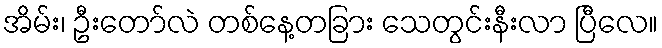
အိမ်း၊ ဦးတော်လဲ တစ်နေ့တခြား သေတွင်းနီးလာ ပြီလေ။